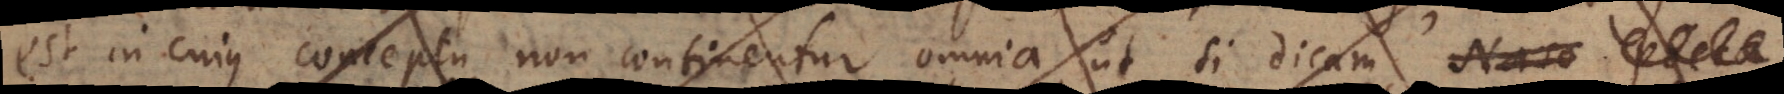
est in cujus conceptu non continentur omnia, ut si dicam Naso